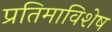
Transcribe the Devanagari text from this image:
प्रतिमाविशेष